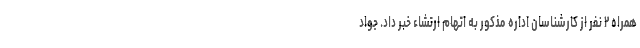
همراه ۲ نفر از کارشناسان اداره مذکور به اتهام ارتشاء خبر داد. جواد